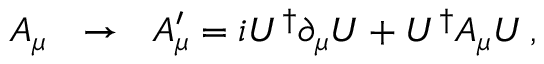
A _ { \mu } \ \ \rightarrow \ \ A _ { \mu } ^ { \prime } = i U ^ { \dagger } \partial _ { \mu } U + U ^ { \dagger } A _ { \mu } U \, ,